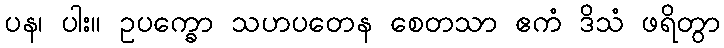
ပန၊ ပါး။ ဥပက္ခော သဟပတေန စေတသာ ဧကံ ဒိသံ ဖရိတွာ